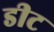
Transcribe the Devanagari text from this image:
डीट